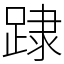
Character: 䠈